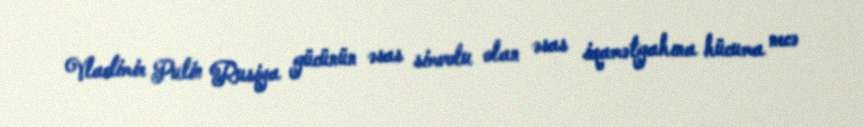
Vladimir Putin Rusiya gücünün əsas simvolu olan əsas iqamətgahına hücuma necə